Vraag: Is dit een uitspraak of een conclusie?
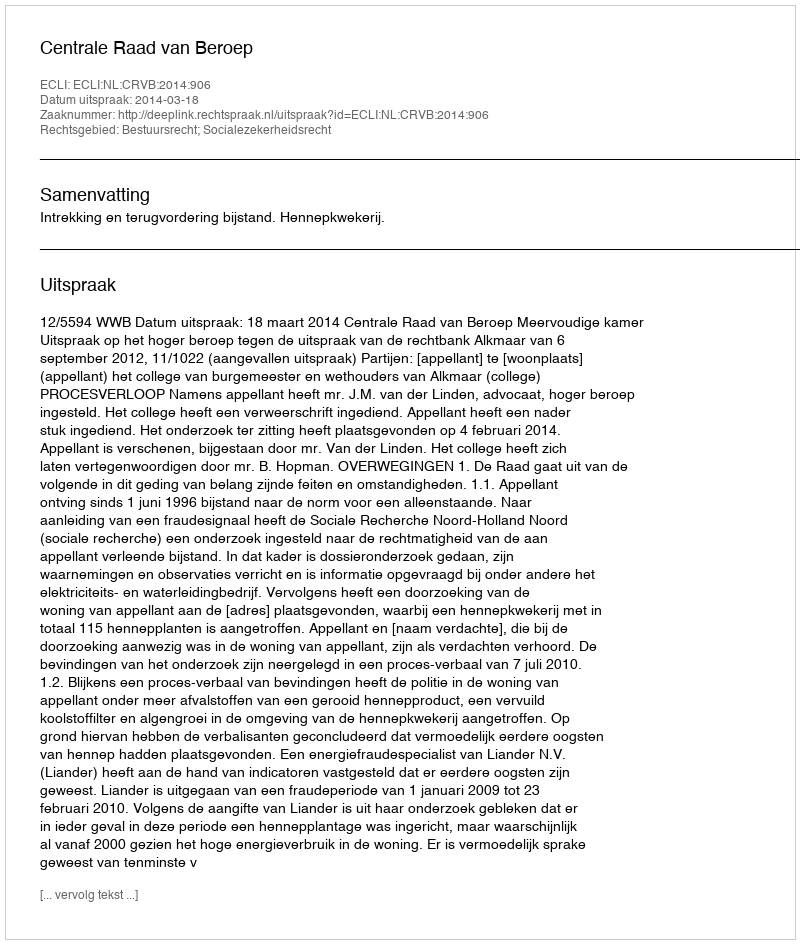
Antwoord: Uitspraak